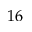
1 6